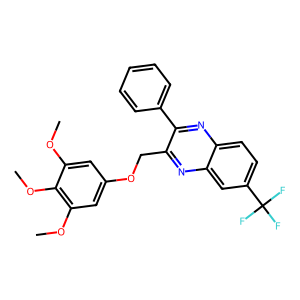
SMILES: COc1cc(OCc2nc3cc(C(F)(F)F)ccc3nc2-c2ccccc2)cc(OC)c1OC
Inhibits HIV replication: No